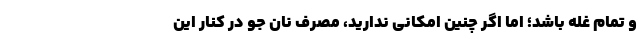
و تمام غله باشد؛ اما اگر چنین امکانی ندارید، مصرف نان جو در کنار این